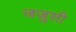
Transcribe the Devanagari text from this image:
जजुसी